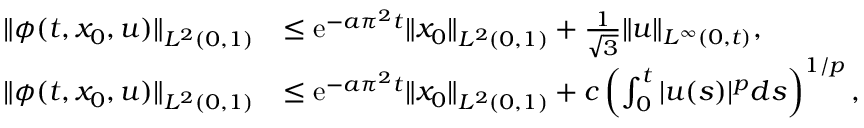
\begin{array} { r l } { \| \phi ( t , x _ { 0 } , u ) \| _ { L ^ { 2 } ( 0 , 1 ) } } & { \le \mathrm { { e } } ^ { - a \pi ^ { 2 } t } \| x _ { 0 } \| _ { L ^ { 2 } ( 0 , 1 ) } + \frac { 1 } { \sqrt { 3 } } \| u \| _ { L ^ { \infty } ( 0 , t ) } , } \\ { \| \phi ( t , x _ { 0 } , u ) \| _ { L ^ { 2 } ( 0 , 1 ) } } & { \le { \mathrm { e } } ^ { - a \pi ^ { 2 } t } \| x _ { 0 } \| _ { L ^ { 2 } ( 0 , 1 ) } + c \left( \int _ { 0 } ^ { t } | u ( s ) | ^ { p } d s \right) ^ { 1 / p } , } \end{array}